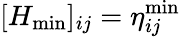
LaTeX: [H_{\operatorname*{min}}]_{ij}=\eta_{ij}^{\operatorname*{min}}